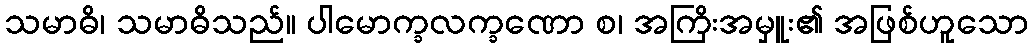
သမာဓိ၊ သမာဓိသည်။ ပါမောက္ခလက္ခဏော စ၊ အကြိးအမှူး၏ အဖြစ်ဟူသော